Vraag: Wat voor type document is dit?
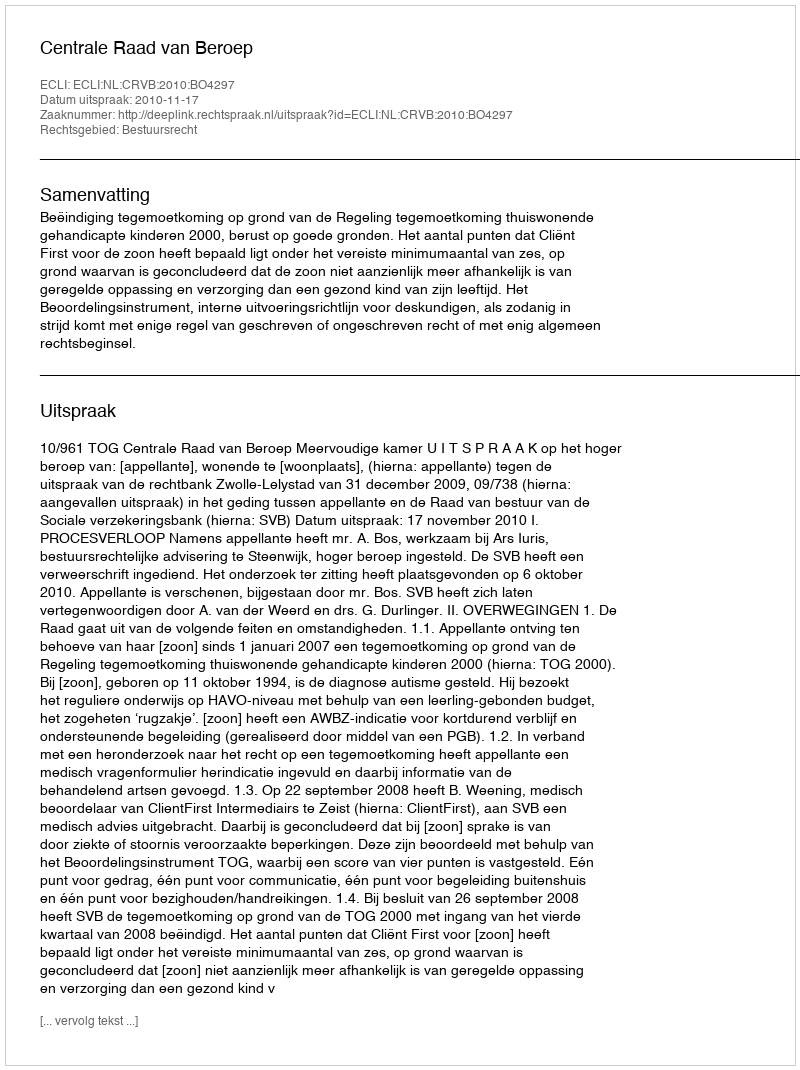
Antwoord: Uitspraak